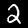
Label: 2